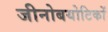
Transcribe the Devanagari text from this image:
जीनोबयोटिकों